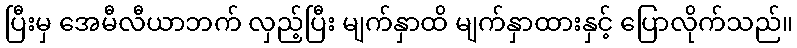
ပြီးမှ အေမီလီယာဘက် လှည့်ပြီး မျက်နှာထိ မျက်နှာထားနှင့် ပြောလိုက်သည်။